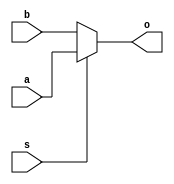
`timescale 1ns / 1ps
//////////////////////////////////////////////////////////////////////////////////
// Company: 
// Engineer: 
// 
// Design Name: 
// Module Name: MUX
// Project Name: 
// Target Devices: 
// Tool Versions: 
// Description: 
// 
// Dependencies: 
// 
// Revision:
// Revision 0.01 - File Created
// Additional Comments:
// 
//////////////////////////////////////////////////////////////////////////////////


module MUX(
    input a,
    input b,
    input s,//selection
    output o //output
    );
    
    assign o = (s)? a: b;
endmodule